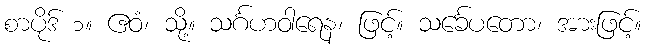
စာပိုဒ် ၁။ ဧဝံ၊ သို့။ သင်္ဂဟဝါရေန၊ ဖြင့်။ သင်္ခေပတော၊ အားဖြင့်။